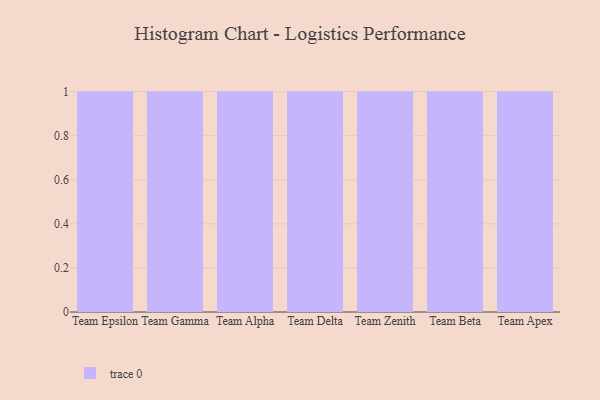
{"axis": {"x": "Team", "y": "Market Share (%)"}, "legend": [""], "data": [{"x": "Team Epsilon", "y": 1, "type": ""}, {"x": "Team Gamma", "y": 51, "type": ""}, {"x": "Team Alpha", "y": 22, "type": ""}, {"x": "Team Delta", "y": 42, "type": ""}, {"x": "Team Zenith", "y": 62, "type": ""}, {"x": "Team Beta", "y": 65, "type": ""}, {"x": "Team Apex", "y": 15, "type": ""}]}